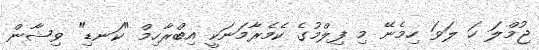
ޖުމްލަ ހަ ލަވަ ހިމެނޭ މި ފިލްމުގެ ކެމެރާމަނަކީ އިބްރާހިމް "ކަނޑި" ވިޝާން